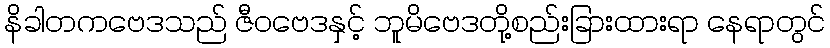
နိခါတကဗေဒသည် ဇီဝဗေဒနှင့် ဘူမိဗေဒတို့စည်းခြားထားရာ နေရာတွင်